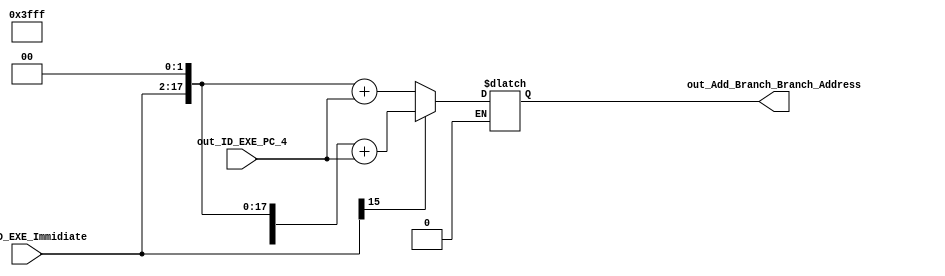
module Add_Branch(
input [31:0]out_ID_EXE_PC_4,
input [15:0]out_ID_EXE_Immidiate,
output reg [31:0]out_Add_Branch_Branch_Address
);

always@(*)begin
if(out_ID_EXE_Immidiate[15]==0)begin
	out_Add_Branch_Branch_Address=({16'b0000000000000000,out_ID_EXE_Immidiate}<<2)+out_ID_EXE_PC_4;
	end
else if(out_ID_EXE_Immidiate[15]==1)begin
out_Add_Branch_Branch_Address=({16'b1111111111111111,out_ID_EXE_Immidiate}<<2)+out_ID_EXE_PC_4;
	end
	end
	endmodule